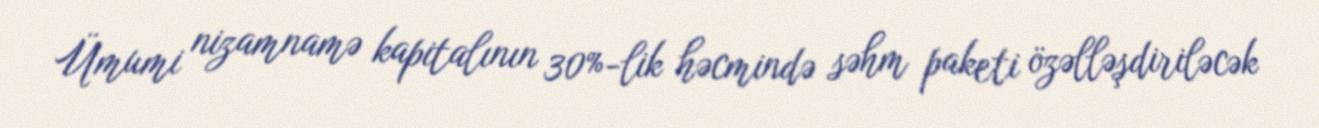
Ümumi nizamnamə kapitalının 30%-lik həcmində səhm paketi özəlləşdiriləcək